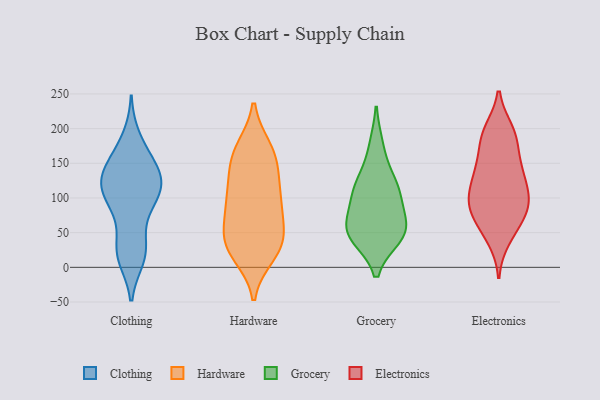
{"axis": {"x": "Website Visitors", "y": "Value"}, "legend": ["Clothing", "Electronics", "Grocery", "Hardware"], "data": [{"x": "", "y": 103, "type": "Clothing"}, {"x": "", "y": 24, "type": "Clothing"}, {"x": "", "y": 137, "type": "Clothing"}, {"x": "", "y": 84, "type": "Clothing"}, {"x": "", "y": 114, "type": "Clothing"}, {"x": "", "y": 150, "type": "Clothing"}, {"x": "", "y": 14, "type": "Clothing"}, {"x": "", "y": 104, "type": "Clothing"}, {"x": "", "y": 31, "type": "Clothing"}, {"x": "", "y": 16, "type": "Clothing"}, {"x": "", "y": 120, "type": "Clothing"}, {"x": "", "y": 123, "type": "Clothing"}, {"x": "", "y": 24, "type": "Clothing"}, {"x": "", "y": 110, "type": "Clothing"}, {"x": "", "y": 143, "type": "Clothing"}, {"x": "", "y": 186, "type": "Clothing"}, {"x": "", "y": 144, "type": "Clothing"}, {"x": "", "y": 172, "type": "Clothing"}, {"x": "", "y": 124, "type": "Clothing"}, {"x": "", "y": 82, "type": "Clothing"}, {"x": "", "y": 59, "type": "Hardware"}, {"x": "", "y": 144, "type": "Hardware"}, {"x": "", "y": 101, "type": "Hardware"}, {"x": "", "y": 83, "type": "Hardware"}, {"x": "", "y": 38, "type": "Hardware"}, {"x": "", "y": 118, "type": "Hardware"}, {"x": "", "y": 30, "type": "Hardware"}, {"x": "", "y": 143, "type": "Hardware"}, {"x": "", "y": 171, "type": "Hardware"}, {"x": "", "y": 18, "type": "Hardware"}, {"x": "", "y": 33, "type": "Hardware"}, {"x": "", "y": 24, "type": "Hardware"}, {"x": "", "y": 169, "type": "Hardware"}, {"x": "", "y": 49, "type": "Hardware"}, {"x": "", "y": 93, "type": "Hardware"}, {"x": "", "y": 95, "type": "Hardware"}, {"x": "", "y": 166, "type": "Hardware"}, {"x": "", "y": 103, "type": "Grocery"}, {"x": "", "y": 121, "type": "Grocery"}, {"x": "", "y": 174, "type": "Grocery"}, {"x": "", "y": 95, "type": "Grocery"}, {"x": "", "y": 49, "type": "Grocery"}, {"x": "", "y": 122, "type": "Grocery"}, {"x": "", "y": 44, "type": "Grocery"}, {"x": "", "y": 56, "type": "Grocery"}, {"x": "", "y": 48, "type": "Grocery"}, {"x": "", "y": 60, "type": "Grocery"}, {"x": "", "y": 187, "type": "Electronics"}, {"x": "", "y": 196, "type": "Electronics"}, {"x": "", "y": 150, "type": "Electronics"}, {"x": "", "y": 73, "type": "Electronics"}, {"x": "", "y": 97, "type": "Electronics"}, {"x": "", "y": 121, "type": "Electronics"}, {"x": "", "y": 197, "type": "Electronics"}, {"x": "", "y": 146, "type": "Electronics"}, {"x": "", "y": 72, "type": "Electronics"}, {"x": "", "y": 92, "type": "Electronics"}, {"x": "", "y": 93, "type": "Electronics"}, {"x": "", "y": 128, "type": "Electronics"}, {"x": "", "y": 138, "type": "Electronics"}, {"x": "", "y": 41, "type": "Electronics"}, {"x": "", "y": 86, "type": "Electronics"}, {"x": "", "y": 104, "type": "Electronics"}, {"x": "", "y": 52, "type": "Electronics"}, {"x": "", "y": 183, "type": "Electronics"}]}